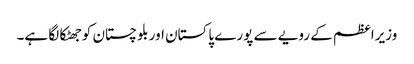
وزیراعظم کے رویے سے پورے پاکستان اور بلوچستان کوجھٹکا لگا ہے۔